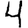
Digit: 4